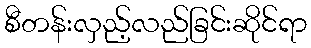
စီတန်းလှည့်လည်ခြင်းဆိုင်ရာ